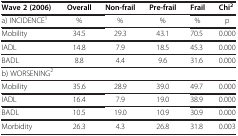
<table><thead><tr><td><b>Wave 2 (2006)</b></td><td><b>Overall</b></td><td><b>Non-frail</b></td><td><b>Pre-frail</b></td><td><b>Frail</b></td><td><b>Chi<sup>2</sup></b></td></tr></thead><tbody><tr><td>a) INCIDENCE<sup>1</sup></td><td>%</td><td>%</td><td>%</td><td>%</td><td>p</td></tr><tr><td>Mobility</td><td>34.5</td><td>29.3</td><td>43.1</td><td>70.5</td><td>0.000</td></tr><tr><td>IADL</td><td>14.8</td><td>7.9</td><td>18.5</td><td>45.3</td><td>0.000</td></tr><tr><td>BADL</td><td>8.8</td><td>4.4</td><td>9.6</td><td>31.6</td><td>0.000</td></tr><tr><td>b) WORSENING<sup>2</sup></td><td> </td><td> </td><td> </td><td> </td><td> </td></tr><tr><td>Mobility</td><td>35.6</td><td>28.9</td><td>39.0</td><td>49.7</td><td>0.000</td></tr><tr><td>IADL</td><td>16.4</td><td>7.9</td><td>19.0</td><td>38.9</td><td>0.000</td></tr><tr><td>BADL</td><td>10.5</td><td>19.0</td><td>10.9</td><td>30.9</td><td>0.000</td></tr><tr><td>Morbidity</td><td>26.3</td><td>4.3</td><td>26.8</td><td>31.8</td><td>0.003</td></tr></tbody></table>